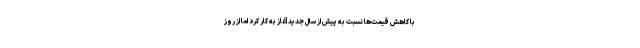
با کاهش قیمت‌ها نسبت به پیش از سال جدید آغاز به کار کرد اما از روز